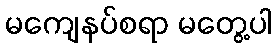
မကျေနပ်စရာ မတွေ့ပါ